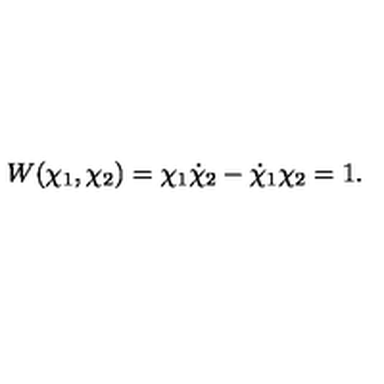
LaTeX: W ( \chi _ { 1 } , \chi _ { 2 } ) = \chi _ { 1 } \dot { \chi } _ { 2 } - \dot { \chi } _ { 1 } \chi _ { 2 } = 1 .